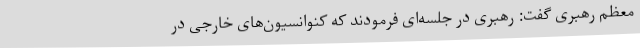
معظم رهبری گفت: رهبری در جلسه‌ای فرمودند که کنوانسیون‌های خارجی در